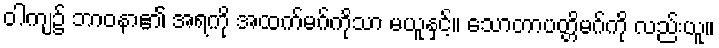
ဝါကျ၌ ဘာဝနာ၏ အရကို အထက်မဂ်ကိုသာ မယူနှင့်။ သောတာပတ္တိမဂ်ကို လည်းယူ။